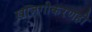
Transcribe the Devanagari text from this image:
खाजगीकरणही